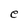
Character: e